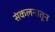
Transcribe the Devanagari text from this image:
संकलनातून